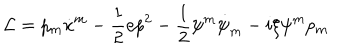
{ \cal { L } } = p _ { m } \dot { x } ^ { m } - \frac 1 2 e p ^ { 2 } - \frac 1 2 \psi ^ { m } \dot { \psi } _ { m } - i \xi { \psi ^ { m } } p _ { m }